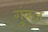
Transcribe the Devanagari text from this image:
गुंबज़